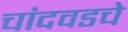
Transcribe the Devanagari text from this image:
चांदवडचे